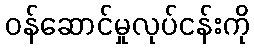
ဝန်ဆောင်မှုလုပ်ငန်းကို